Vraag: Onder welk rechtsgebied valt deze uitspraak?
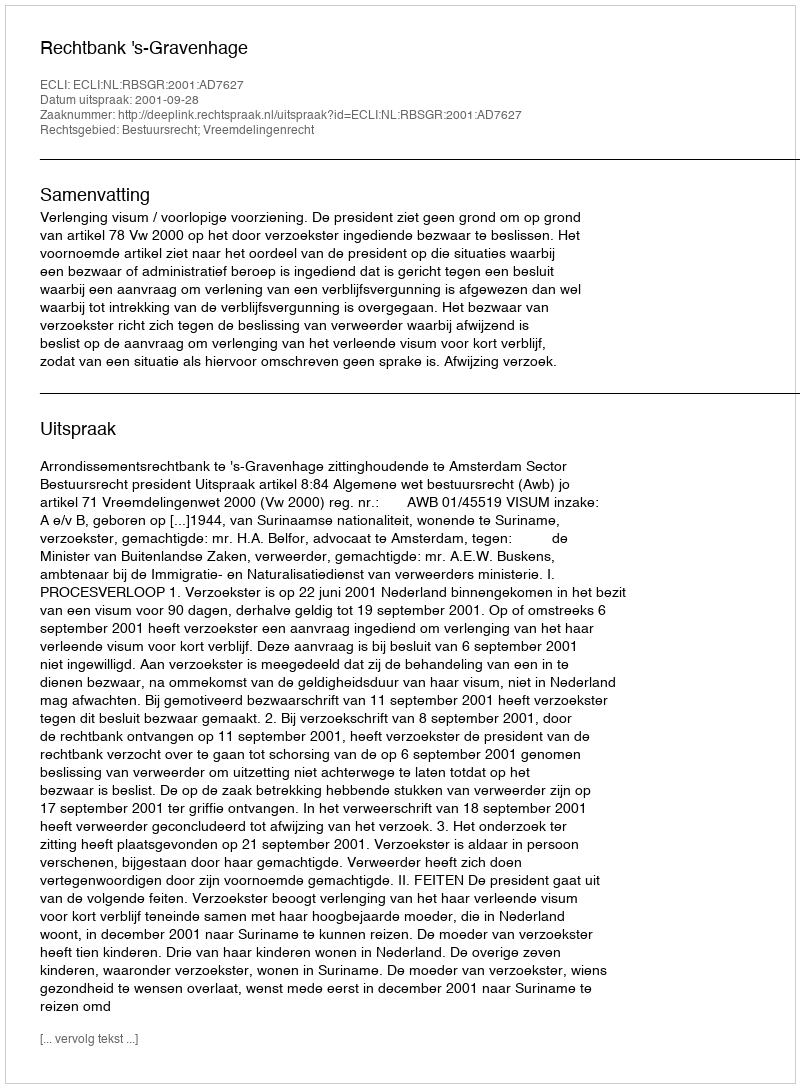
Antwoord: Bestuursrecht; Vreemdelingenrecht